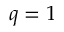
q = 1